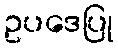
ဥပဒေပြု